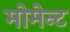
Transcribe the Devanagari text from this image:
मोमेन्ट